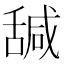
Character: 𦧩